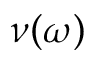
\nu ( \omega )